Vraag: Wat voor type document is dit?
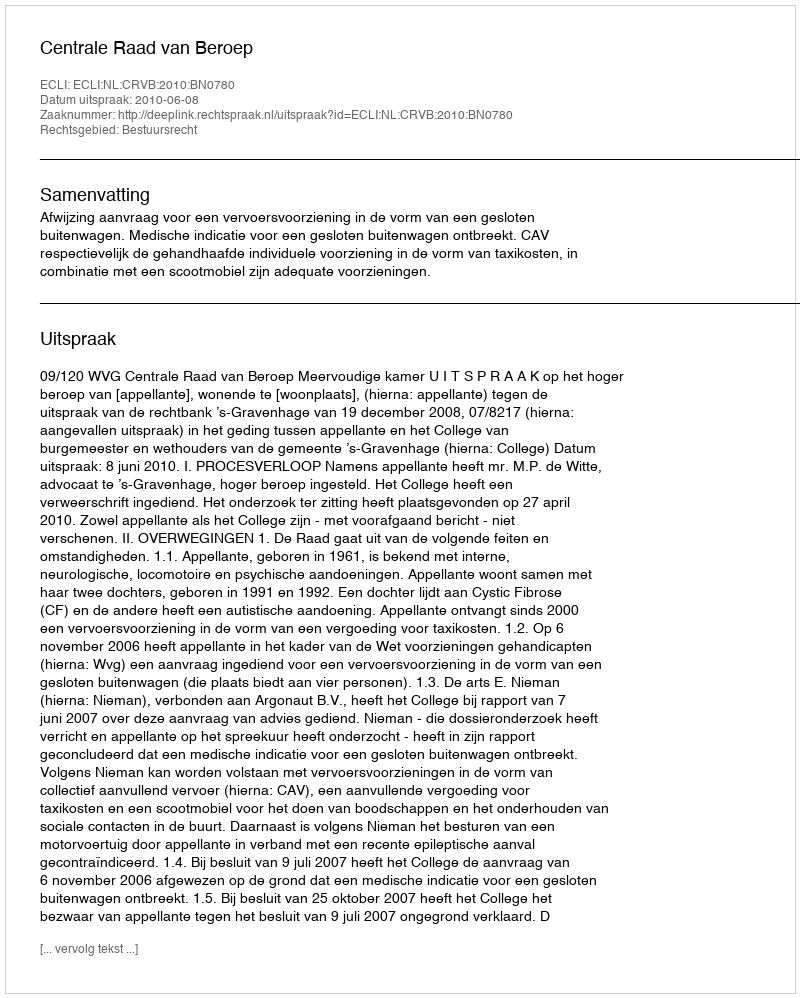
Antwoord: Uitspraak